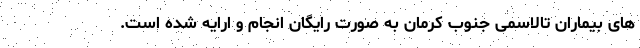
های بیماران تالاسمی جنوب کرمان به صورت رایگان انجام ‌و ارایه شده است.